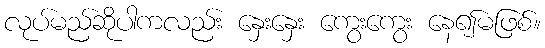
လုပ်မည်ဆိုပါကလည်း နှေးနှေး ကွေးကွေး နေ၍မဖြစ်။